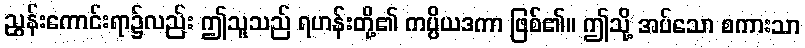
ညွှန်းကောင်းရာ၌လည်း ဤသူသည် ရဟန်းတို့၏ ကပ္ပိယဒကာ ဖြစ်၏။ ဤသို့ အပ်သော စကားသာ